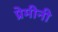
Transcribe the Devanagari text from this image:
प्रेमीनी